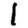
Digit: 1